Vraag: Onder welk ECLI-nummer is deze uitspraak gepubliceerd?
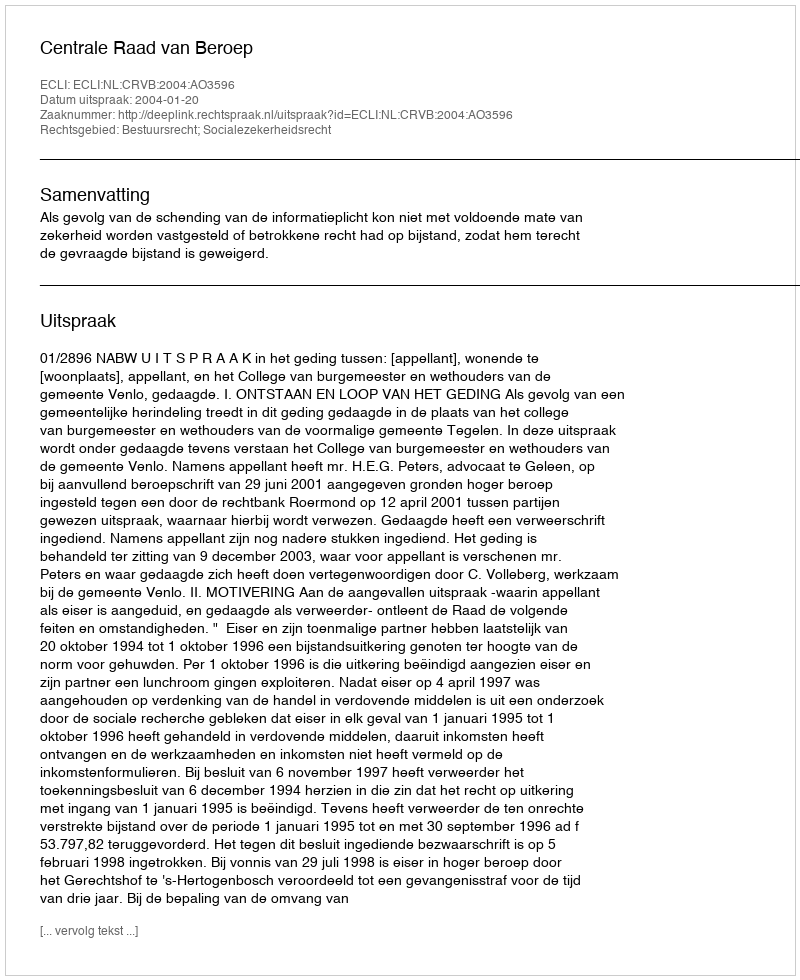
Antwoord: ECLI:NL:CRVB:2004:AO3596